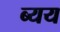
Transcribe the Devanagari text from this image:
ब्यय